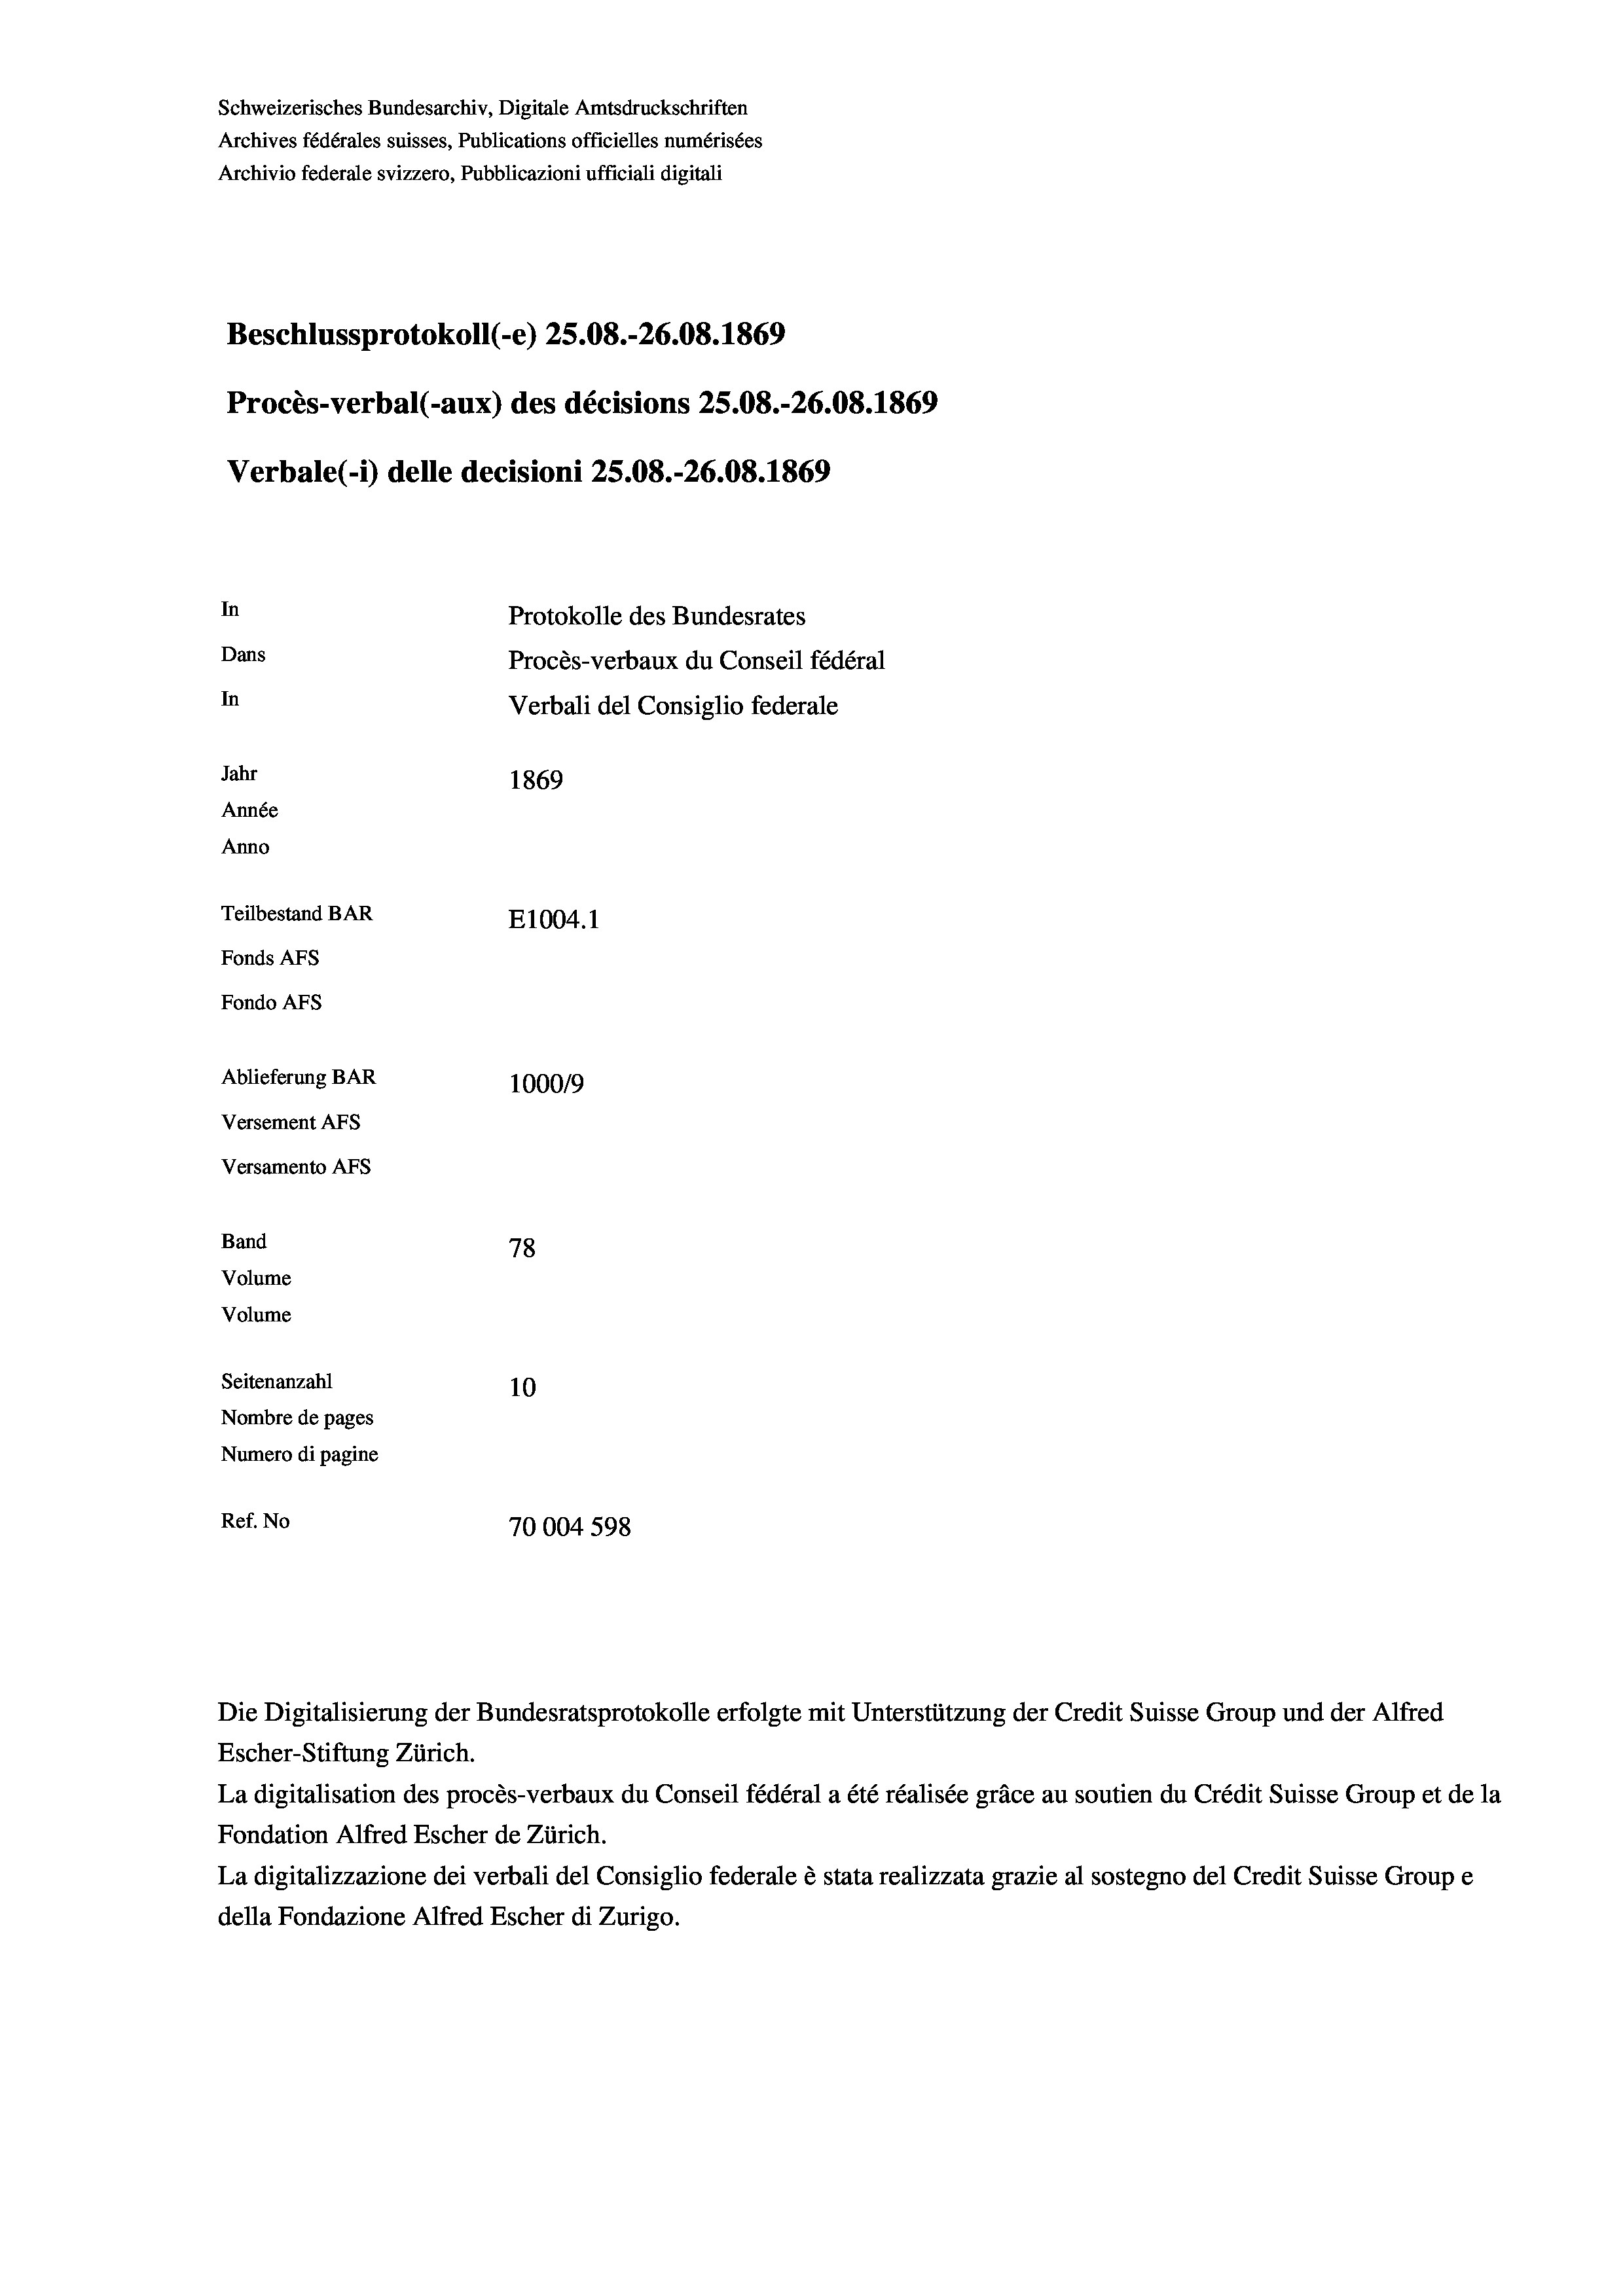
Schweizerisches Bundesarchiv, Digitale Amtsdruckschriften
Archives fédérales suisses, Publications officielles numérisées
Archivio federale svizzero, Pubblicazioni ufficiali digitali
Beschlussprotokoll (-e) 25.08.-26.08. 1869
Procès-verbal (-aux) des décisions 25.08.-26.08. 1869
Verbale (- 1) delle decisioni 25.08.-26.08. 1869
In
Protokolle des Bundesrates
Dans
Procès-verbaux du Conseil fédéral
In
Verbali del Consiglio federale
Jahr
1869
Année
Anno
Teilbestand BAR
E1004.1
Fonds AFs
Fondo AFS
Ablieferung BAR
1000/9
Versement AFs
Versamento AFs
Band
78
Volume
Volume

Seitenanzahl
10
Nombre de pages
Numero di pagine
Ref. No
70004 598

Escher-Stiftung Zürich.
La digitalisation des procès-verbaux du Conseil fédéral a été réalisée gräce au soutien du Crédit Suisse Group et de la
Fondation Alfred Escher de Zürich.
La digitalizzazione dei verbali del Consiglio federale è stata realizzata grazie al sostegno del Credit Suisse Groupe
della Fondazione Alfred Escher di Zurigo.

Die Digitalisierung der Bundesratsprotokolle erfolgte mit Unterstützung der Credit Suisse Group und der Alfred